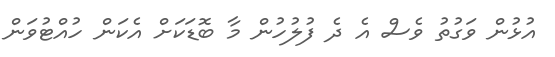
އުޅުން ވަގުތު ވެސް އެ ދެ ފުލުހުން މާ ބޮޑަކަށް އެކަން ހުއްޓުވަން